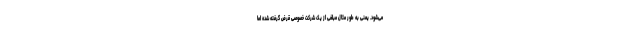
می‌شود. یعنی به طور مثال مبلغی از یک شرکت خصوصی قرض گرفته شده اما